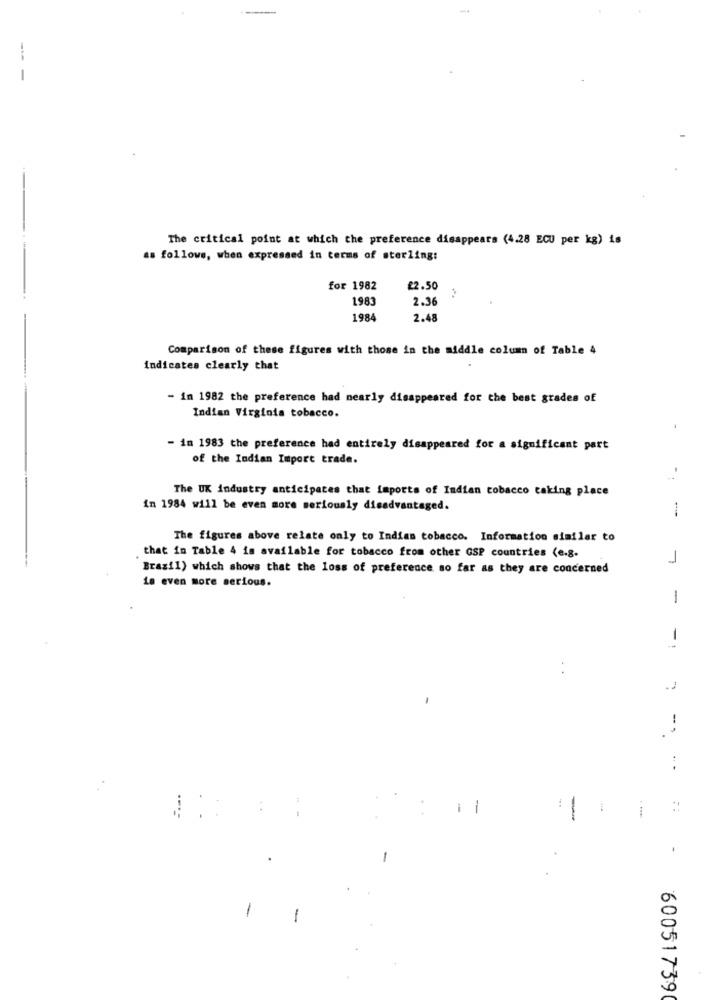
The critical point at which the preference disappears (4.28 ECU per kg) is
as follows, when expressed in terms of sterling:
for 1982
£2.50
1983
2.36
1984
2.48
Comparison of these figures with those in the middle column of Table 4
indicates clearly that
- in 1982 the preference had nearly disappeared for the best grades of
Indian Virginia tobacco.
-
- in 1983 the preference had entirely disappeared for a significant part
of the Indian Import trade.
The UK industry anticipates that imports of Indian tobacco taking place
in 1984 will be even more seriously disadvantaged.
-
The figures above relate only to Indian tobacco. Information similar to
that in Table 4 is available for tobacco from other GSP countries (e.g.
1
Brazil) which shows that the loss of preference so far as they are concerned
La even more serious.
1
1
:
-
:
-
.
60051739